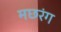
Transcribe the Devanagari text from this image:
मछरंग